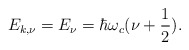
\begin{align*}E_{k,\nu}=E_{\nu}= \hbar \omega_c (\nu+ \frac {1}{2}).\end{align*}